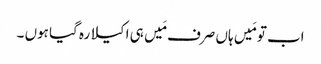
اب تو مَیں ہاں صرف مَیں ہی اکیلا رہ گیا ہوں ۔